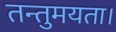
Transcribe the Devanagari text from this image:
तन्तुमयता।